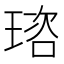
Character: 𤦿